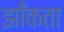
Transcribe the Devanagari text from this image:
झाँकता